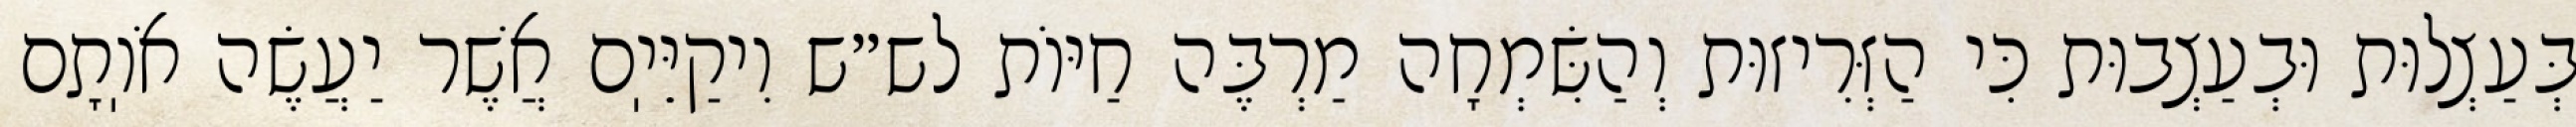
בְּעַצְלוּת וּבְעַצְבוּת כִּי הַזְּרִיזוּת וְהַשִּׂמְחָה מַרְבֶּה חַיּוֹת לש״ש וִיקַיֵּיֽם אֲשֶׁר יַעֲשֶׂה אֹוֽתָם